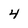
Character: 4